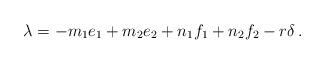
LaTeX: \begin{align*}\lambda=-m_1e_1+m_2e_2+n_1f_1+n_2f_2-r\delta\,.\end{align*}